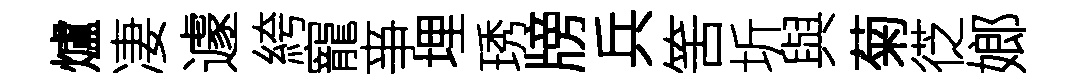
爐凄遽絝寵亊埋琇牓兵筈圻與菊徔嫏